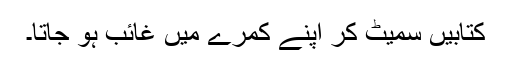
کتابیں سمیٹ کر اپنے کمرے میں غائب ہو جاتا۔